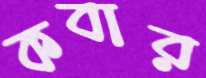
কবার